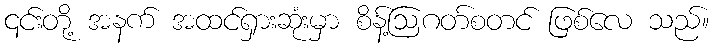
၎င်းတို့ အနက် အထင်ရှားဆုံးမှာ စိန့်ဩဂတ်စတင် ဖြစ်လေ သည်။